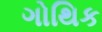
ગોથિક